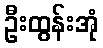
ဦးထွန်းအုံ